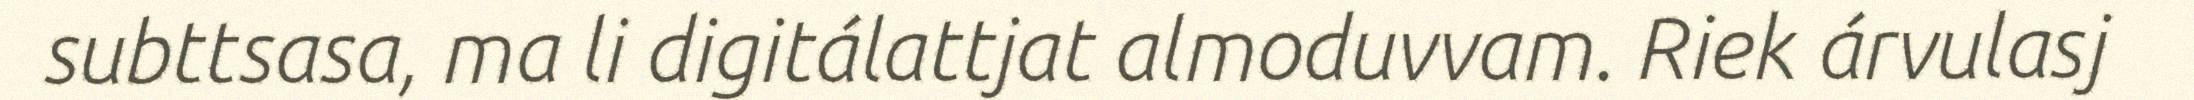
subttsasa, ma li digitálattjat almoduvvam. Riek árvulasj